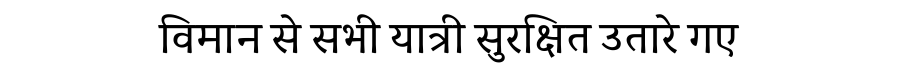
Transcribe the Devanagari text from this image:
विमान से सभी यात्री सुरक्षित उतारे गए